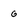
Character: g